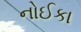
નોઈકા